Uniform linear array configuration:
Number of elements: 24
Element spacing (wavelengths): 0.25
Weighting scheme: uniform
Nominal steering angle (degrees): -45
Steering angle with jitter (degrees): -44.522
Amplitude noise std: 0.05
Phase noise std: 0.05

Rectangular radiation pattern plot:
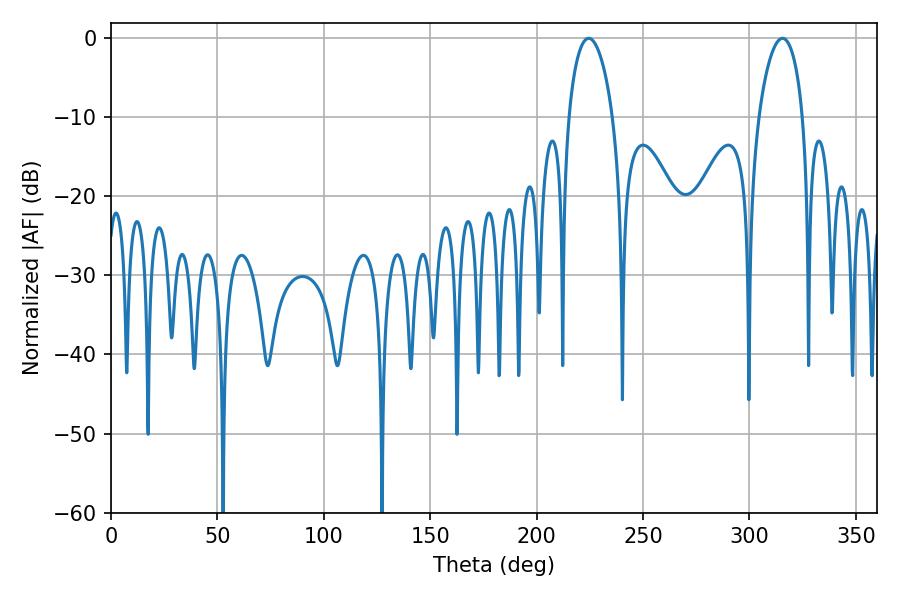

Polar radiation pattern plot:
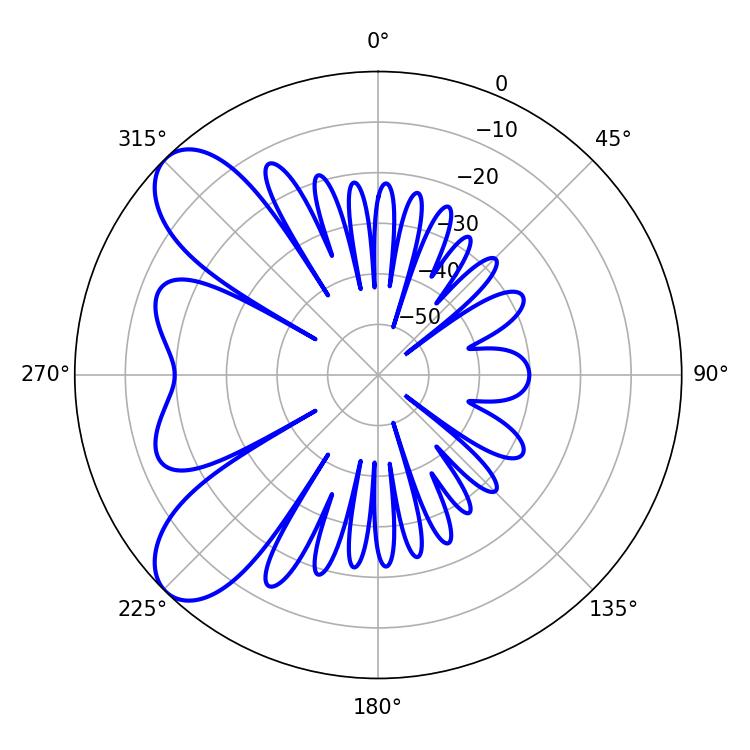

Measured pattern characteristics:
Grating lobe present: FALSE
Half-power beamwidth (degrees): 11.88
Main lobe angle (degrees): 224.46